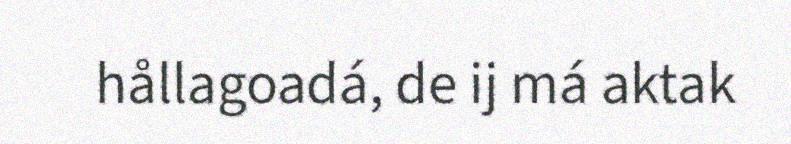
hållagoadá, de ij má aktak